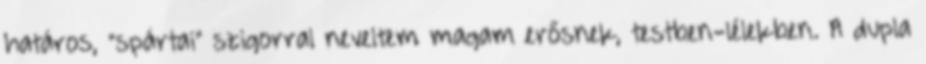
határos, "spártai" szigorral neveltem magam erősnek, testben-lélekben. A dupla